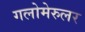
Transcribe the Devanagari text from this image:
गलोमेरुलर